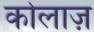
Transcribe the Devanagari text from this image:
कोलाज़